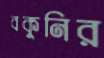
বকুনির